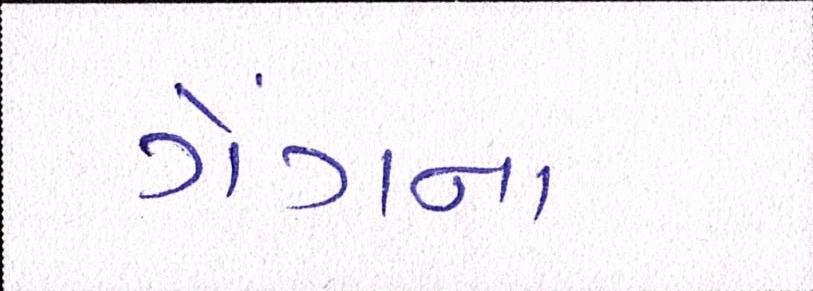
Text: ગેંગના